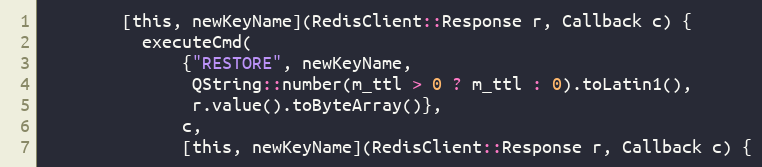
Language: C
        [this, newKeyName](RedisClient::Response r, Callback c) {
          executeCmd(
              {"RESTORE", newKeyName,
               QString::number(m_ttl > 0 ? m_ttl : 0).toLatin1(),
               r.value().toByteArray()},
              c,
              [this, newKeyName](RedisClient::Response r, Callback c) {